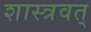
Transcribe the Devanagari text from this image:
शास्त्रवत्‌